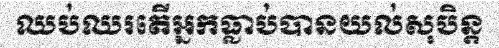
ឈប់ឈរតើអ្នកធ្លាប់បានយល់សុបិន្ត